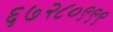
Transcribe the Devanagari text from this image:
६७२८०९९९